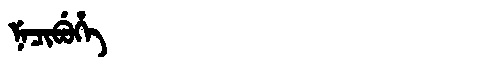
Manchu: ᠨᡝᠴᡳᠪᡠᡥᡝ
Romanization: NECIBUHE